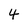
Character: 4